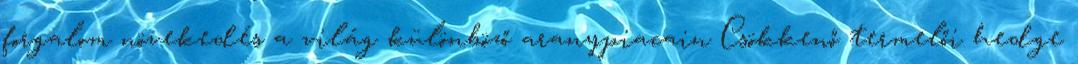
forgalom növekedés a világ különböző aranypiacain Csökkenő termelői hedge